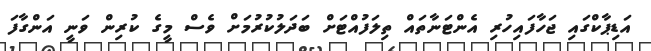
އަޑިޕާކްގައި ޖަހާފައިހުރި އެންޓަނާތައް ތިލަފުއްޓަށް ބަދަލުކުރުމަށް ވެސް މީގެ ކުރިން ވަނީ އަންގާފަ